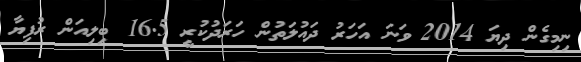
ނިމިގެން ދިޔަ 2014 ވަނަ އަހަރު ދައުލަތުން ހަރަދުކުރީ 16.5 ބިލިއަން ރުފިޔާ